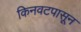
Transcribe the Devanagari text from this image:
किनवटपासून